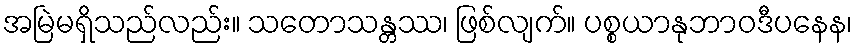
အမြဲမရှိသည်လည်း။ သတောသန္တဿ၊ ဖြစ်လျက်။ ပစ္စယာနုဘာဝဒီပနေန၊